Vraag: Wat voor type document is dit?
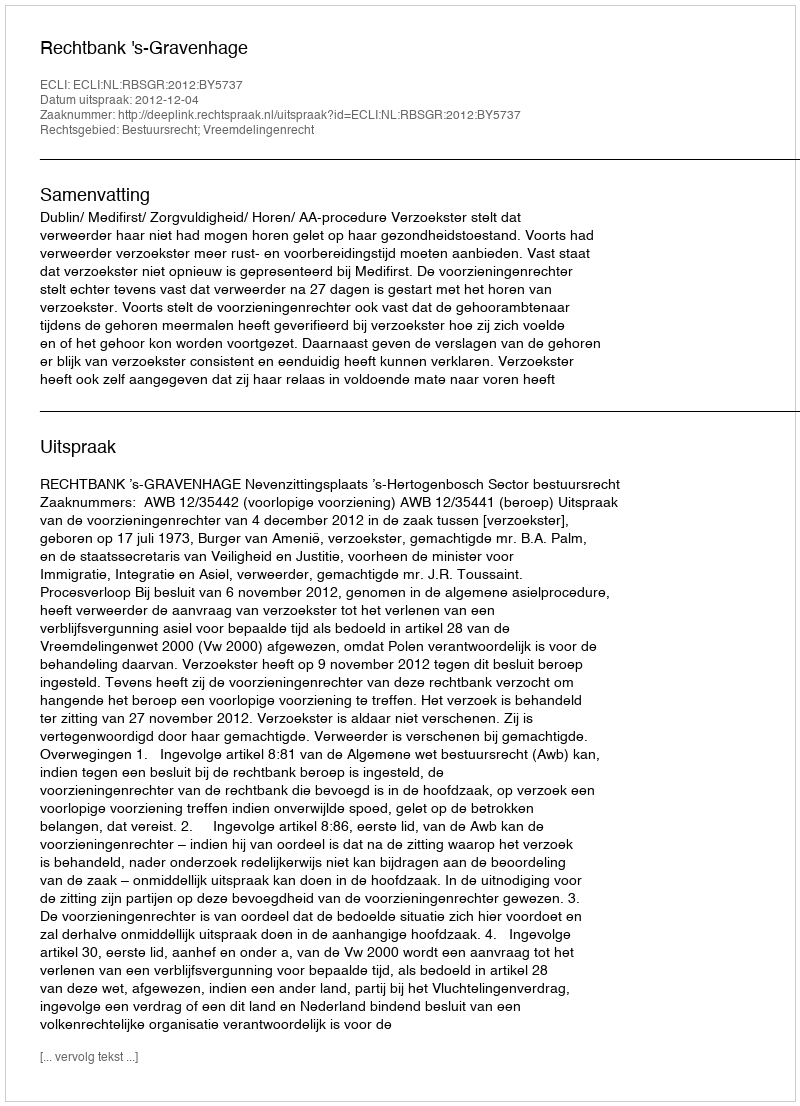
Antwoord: Uitspraak